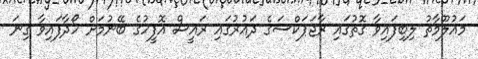
މައުލޫމާތު ލިބިފައިވާ ގޮތުގައި ރާޖަޕަކްސަގެ ދައުރުގައި ރައީސް އޮފީހުގެ ބޭނުމަށް ހޯދާފައިވާ ގިނަ